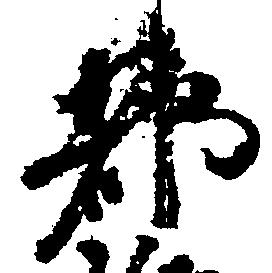
都